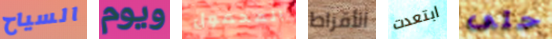
السياح ويوم المحمول الأقراط ابتعدت حتى